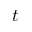
t